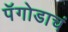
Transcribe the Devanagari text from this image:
पॅगोडाचं